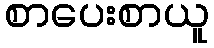
စာပေးစာယူ